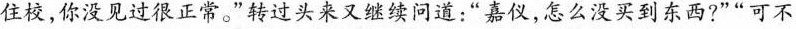
住校，你没见过很正常。”转过头来又继续问道；“嘉仪，怎么没买到东西?”“可不